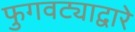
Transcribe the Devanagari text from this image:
फुगवट्याद्वारे